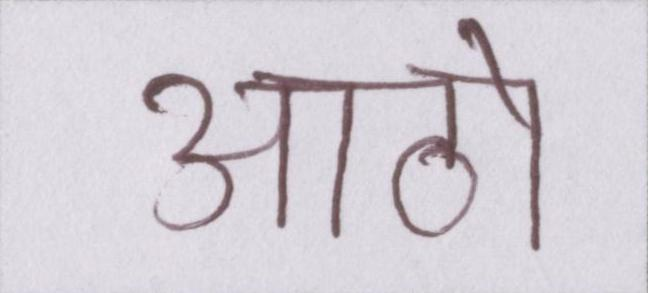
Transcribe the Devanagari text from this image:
आठो